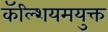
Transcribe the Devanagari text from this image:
कॅल्शियमयुक्त